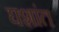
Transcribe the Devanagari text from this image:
घशांत